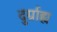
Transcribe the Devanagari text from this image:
दुर्ग्राह्य